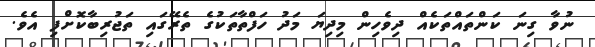
ނުވާ ގިނަ ކަންތައްތަކެއް ދިވެހިން މިދިޔަ މަދު ހަފްތާތަކުގެ ތެރޭގައި ތަޖުރިބާކޮށްފި އެވެ.